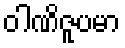
ဝါဏိဇူပမာ